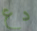
دع